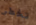
تخطر